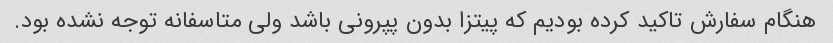
هنگام سفارش تاکید کرده بودیم که پیتزا بدون پپرونی باشد ولی متاسفانه توجه نشده بود.